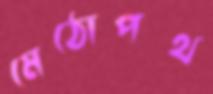
মেঠোপথ